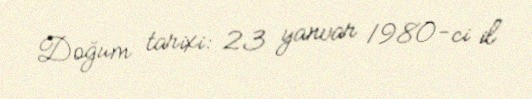
Doğum tarixi: 23 yanvar 1980-ci il